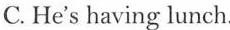
C.He's having lunch.